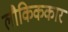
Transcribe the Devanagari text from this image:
लौकिककार